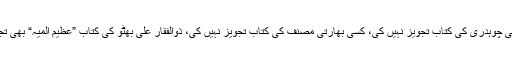
ہم نے ڈبلیو جی چوہدری کی کتاب تجویز نہیں کی، کسی بھارتی مصنف کی کتاب تجویز نہیں کی، ذوالفقار علی بھٹو کی کتاب ”عظیم المیہ“ بھی تجویز نہیں کی۔